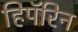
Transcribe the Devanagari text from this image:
हिपॅरिन